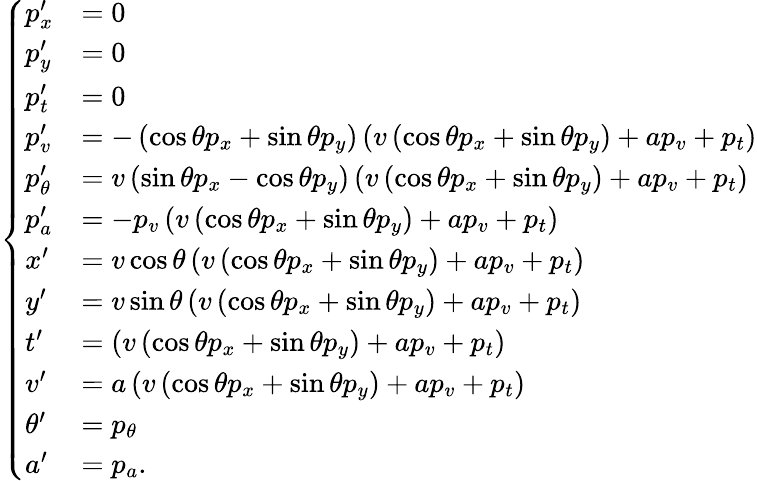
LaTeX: \left\{ \begin{array}{ll}{p_{x}^{\prime}}&{=0}\\ {p_{y}^{\prime}}&{=0}\\ {p_{t}^{\prime}}&{=0}\\ {p_{v}^{\prime}}&{=-\left(\cos\theta p_{x}+\sin\theta p_{y}\right)\left(v\left(\cos\theta p_{x}+\sin\theta p_{y}\right)+ap_{v}+p_{t}\right)}\\ {p_{\theta}^{\prime}}&{=v\left(\sin\theta p_{x}-\cos\theta p_{y}\right)\left(v\left(\cos\theta p_{x}+\sin\theta p_{y}\right)+ap_{v}+p_{t}\right)}\\ {p_{a}^{\prime}}&{=-p_{v}\left(v\left(\cos\theta p_{x}+\sin\theta p_{y}\right)+ap_{v}+p_{t}\right)}\\ {x^{\prime}}&{=v\cos\theta\left(v\left(\cos\theta p_{x}+\sin\theta p_{y}\right)+ap_{v}+p_{t}\right)}\\ {y^{\prime}}&{=v\sin\theta\left(v\left(\cos\theta p_{x}+\sin\theta p_{y}\right)+ap_{v}+p_{t}\right)}\\ {t^{\prime}}&{=\left(v\left(\cos\theta p_{x}+\sin\theta p_{y}\right)+ap_{v}+p_{t}\right)}\\ {v^{\prime}}&{=a\left(v\left(\cos\theta p_{x}+\sin\theta p_{y}\right)+ap_{v}+p_{t}\right)}\\ {\theta^{\prime}}&{=p_{\theta}}\\ {a^{\prime}}&{=p_{a}.}\end{array}\right.